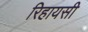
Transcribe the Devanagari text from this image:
रिहायसी